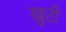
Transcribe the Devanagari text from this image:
खुटी